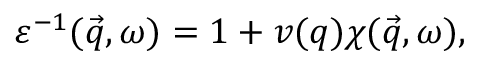
\varepsilon ^ { - 1 } ( \vec { q } , \omega ) = 1 + v ( q ) \chi ( \vec { q } , \omega ) ,